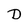
Character: D